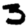
Digit: 3